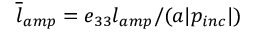
\overline { { l } } _ { a m p } = e _ { 3 3 } l _ { a m p } / ( a | p _ { i n c } | )